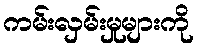
ကမ်းလှမ်းမှုများကို